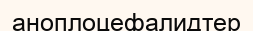
аноплоцефалидтер